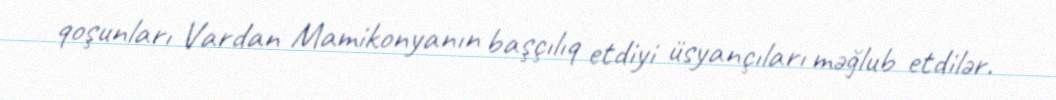
qoşunları Vardan Mamikonyanın başçılıq etdiyi üsyançıları məğlub etdilər.